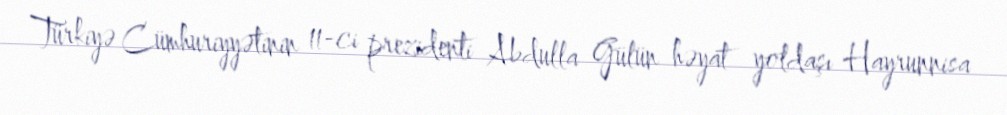
Türkiyə Cümhuriyyətinin 11-ci prezidenti Abdulla Gülün həyat yoldaşı Hayrunnisa